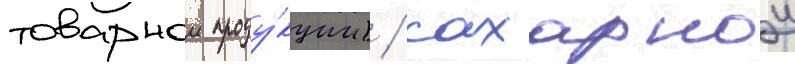
товарнои проду́кции) / сахарнои